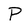
Character: P